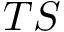
T S